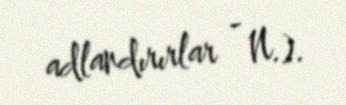
adlandırırlar - N.).